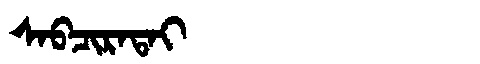
Manchu: ᠰᠠᠪᠴᡳᡵᠠᡨᠠᡳ
Romanization: SABCIRATAI